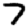
Digit: 7